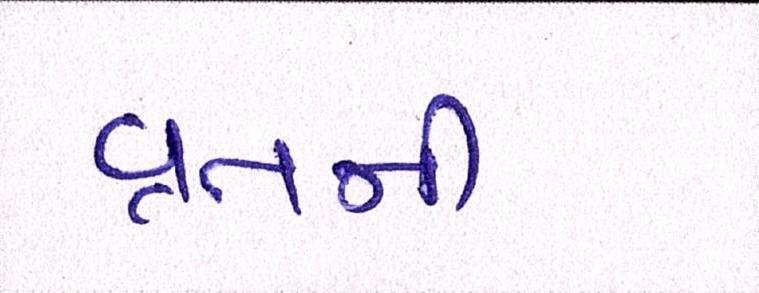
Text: વ્રતની